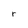
Character: r